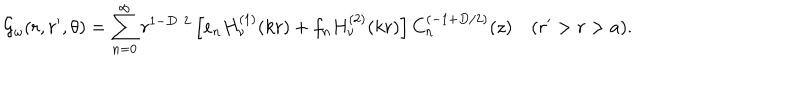
{ \cal G } _ { \omega } ( r , r ^ { \prime } , \theta ) = \sum _ { n = 0 } ^ { \infty } r ^ { 1 - D / 2 } \left[ e _ { n } H _ { \nu } ^ { ( 1 ) } ( k r ) + f _ { n } H _ { \nu } ^ { ( 2 ) } ( k r ) \right] C _ { n } ^ { ( - 1 + { D / 2 } ) } ( z ) \quad ( r ^ { \prime } > r > a ) .